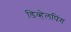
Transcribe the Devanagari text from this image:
डिव्हेलपिंग